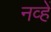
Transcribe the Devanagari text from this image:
नव्हें